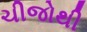
ચીજોથી